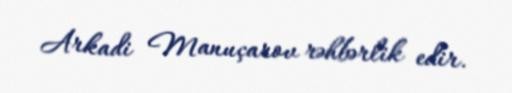
Arkadi Manuçarov rəhbərlik edir.